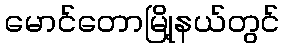
မောင်တောမြို့နယ်တွင်